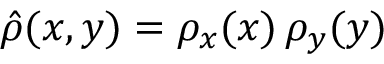
\hat { \rho } ( x , y ) = \rho _ { x } ( x ) \, \rho _ { y } ( y )